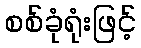
စစ်ခုံရုံးဖြင့်